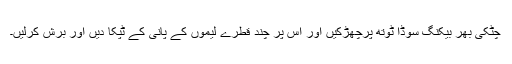
چٹکی بھر بیکنگ سوڈا ٹوتھ پرچھڑکیں اور اس پر چند قطرے لیموں کے پانی کے ٹپکا دیں اور برش کرلیں۔